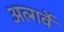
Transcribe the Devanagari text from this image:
अल्गर्वे